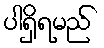
ပါရှိရမည်